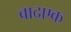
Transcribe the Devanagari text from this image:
बादएक